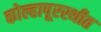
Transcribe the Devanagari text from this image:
कोल्हापूरस्थीत